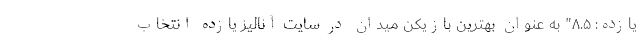
یازده: ۸.۵" به عنوان بهترین بازیکن میدان در سایت آنالیز یازده انتخاب